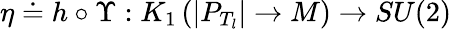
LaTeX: \eta\doteq h\circ\Upsilon:K_{1}\left(|P_{T_{l}}|\rightarrow{M}\right)\rightarrow SU(2)